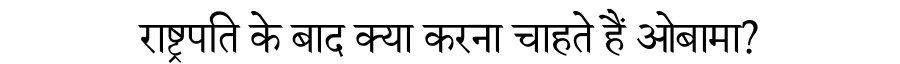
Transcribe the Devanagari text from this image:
राष्ट्रपति के बाद क्या करना चाहते हैं ओबामा?